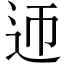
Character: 迊